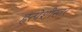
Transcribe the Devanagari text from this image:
हृत्पेशीस्तर